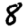
Digit: 8